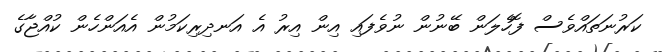
ކަރުނަތައްވެސް ފޮހެލަން ބޭނުން ނުވެފައި އިން އިރު އެ އަނދިރިކަމުން އެއަންހެން ކުއްޖާގެ